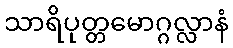
သာရိပုတ္တမောဂ္ဂလ္လာနံ